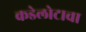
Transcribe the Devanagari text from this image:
कडेलोटाचा